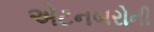
એટનબરોની